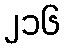
၂၁၆